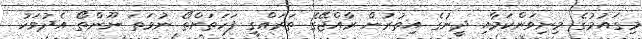
މިގައުމުގެ މިނިވަންކަމާއި ދީނުގެ އިތުރުން ރާއްޖޭގެ ތަރައްގީ ފަހަތަށްތޯ ނުވަތަ ނޫންތޯ އެދުވަހު